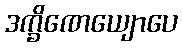
ဒက္ခိဏေယျောပေ